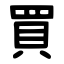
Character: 買